Report of the Indian Hemp Drugs Commission, 1894-1895 - Volume VII
Year: 1894
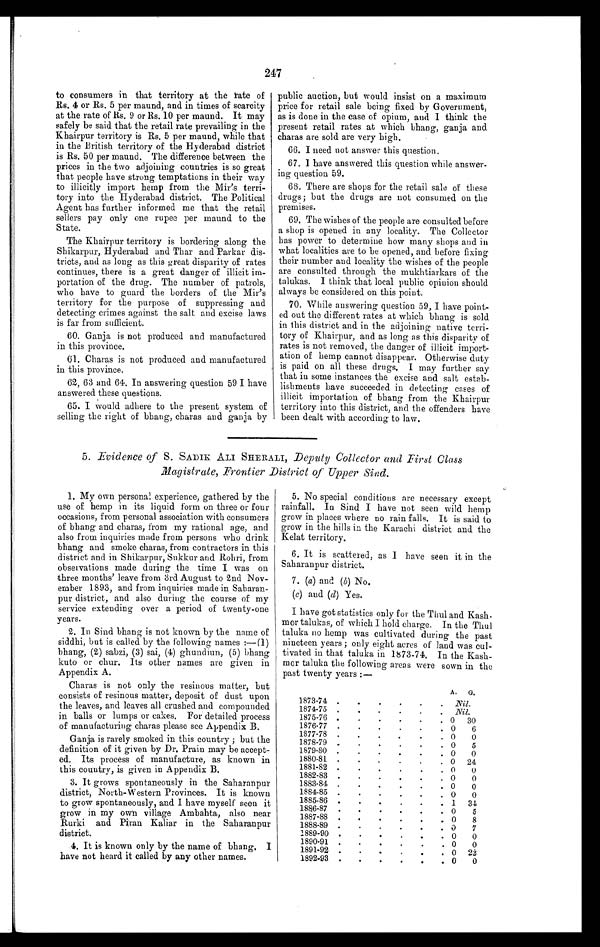
247
to consumers in that territory at the rate of
Rs. 4 or Rs. 5 per maund, and in times of scarcity
at the rate of Rs. 9 or Rs. 10 per maund. It may
safely be said that the retail rate prevailing in the
Khairpur territory is Rs. 5 per maund, while that
in the British territory of the Hyderabad district
is Rs. 50 per maund. The difference between the
prices in the two adjoining countries is so great
that people have strong temptations in their way
to illicitly import hemp from the Mir's terri
-
tory into the Hyderabad district. The Political
Agent has further informed me that the retail
sellers pay only one rupee per maund to the
State.
The Khairpur territory is bordering along the
Shikarpur, Hyderabad and Thar and Parkar dis
-
tricts, and as long as this great disparity of rates
continues, there is a great danger of illicit im
-
portation of the drug. The number of patrols,
who have to guard the borders of the Mir's
territory for the purpose of suppressing and
detecting crimes against the salt and excise laws
is far from sufficient.
60. Ganja is not produced and manufactured
in this province.
61. Charas is not produced and manufactured
in this province.
62, 63 and 64. In answering question 59 I have
answered these questions.
65. I would adhere to the present system of
selling the right of bhang, charas and ganja by
public auction, but would insist on a maximum
price for retail sale being fixed by Government,
as is done in the case of opium, and I think the
present retail rates at which bhang, ganja and
charas are sold are very high.
66. I need not answer this question.
67. I have answered this question while answer
-
ing question 59.
68. There are shops for the retail sale of these
drugs; but the drugs are not consumed on the
premises.
69. The wishes of the people are consulted before
a shop is opened in any locality. The Collector
has power to determine how many shops and in
what localities are to be opened, and before fixin
g
their number and locality the wishes of the people
are consulted through the mukhtiarkars of the
talukas. I think that local public opinion should
always be considered on this point.
70. While answering question 59, I have point
-
ed out the different rates at which bhang is sold
in this district and in the adjoining native terri
-
tory of Khairpur, and as long as this disparity of
rates is not removed, the danger of illicit import
-
ation of hemp cannot disappear. Otherwise duty
is paid on all these drugs. I may further say
that in some instances the excise and salt estab
-
lishments have succeeded in detecting cases of
illicit importation of bhang from the Khairpur
territory into this district, and the offenders have
been dealt with according to law.
5. Evidence of S. SADIK ALI SHERALI, Deputy Collector and First Class
Magistrate, Frontier District of Upper Sind.
1. My own personal experience, gathered by the
use of hemp in its liquid form on three or four
occasions, from personal association with consumers
of bhang and charas, from my rational age, and
also from inquiries made from persons who drink
bhang and smoke charas, from contractors in this
district and in Shikarpur, Sukkur and Rohri, from
observations made during the time I was on
three mouths' leave from 3rd August to 2nd Nov
-
ember 1893, and from inquiries made in Saharan
-
pur district, and also during the course of my
service extending over a period of twenty-one
years.
2. In Sind bhang is not known by the name of
siddhi, but is called by the following names:—(1)
bhang, (2) sabzi, (3) sai, (4) ghundiun, (5) bhang
kuto or chur. Its other names are given in
Appendix A.
Charas is not only the resinous matter, but
consists of resinous matter, deposit of dust upon
the leaves, and leaves all crushed and compounded
in balls or lumps or cakes. For detailed process
of manufacturing charas please see Appendix B.
Ganja is rarely smoked in this country ; but the
definition of it given by Dr. Prain may be accept
-
ed. Its process of manufacture, as known in
this country, is given in Appendix B.
3. It grows spontaneously in the Saharanpur
district, North-Western Provinces. It is known
to grow spontaneously, and I have myself seen
it
grow in my own village Ambahta, also near
Rurki and Piran Kaliar in the Saharanpur
district.
4. It is known only by the name of bhang
. I
have not heard it called by any other names.
5. No special conditions are necessary except
rainfall. In Sind I have not seen wild hemp
grow in places where no rain falls. It is said to
grow in the hills in the Karachi district and the
Kelat territory.
6. It is scattered, as I have seen it in the
Saharanpur district.
7.
(a) and (b) No.
(c) and (d) Yes.
I have got statistics only for the Thul and Kash
-
or talukas, of which I hold charge. In the Thul
taluka no hemp was cultivated during the past
nineteen years ; only eight acres of land was cul
-
tivated in that taluka in 1873–74. In the Kash
-
mor taluka the following areas were sown in the
past twenty years :—
A.
G .
1873–74
Nil.
1874–75
Nil.
1875–76
0
30
1876–77
0
6
1877–78
0
0
1878–79
0
5
1879–80
0
0
1880–81
0 24
1881–82
0
0
1882–83
0
0
1883–84
0
0
1884–85
0
0
1885–86
1
34
1886–87
0
5
1887–88
0
8
1888–89
0
7
1889–90
0
0
1890–91
0
0
1891–92
0 22
1892–93
0
0